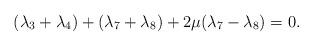
LaTeX: \begin{align*}(\lambda _{3}+\lambda _{4})+(\lambda _{7}+\lambda _{8})+2\mu (\lambda_{7}-\lambda _{8})=0.\end{align*}